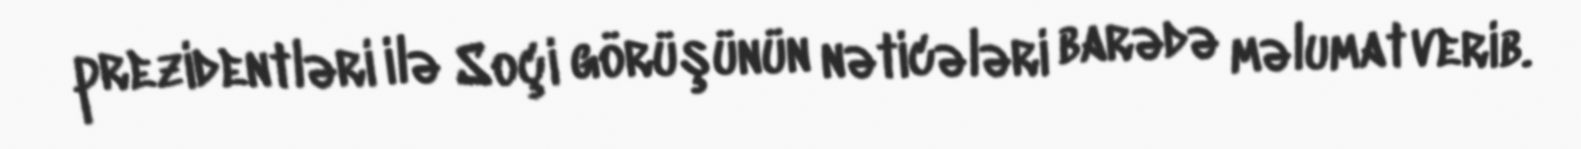
prezidentləri ilə Soçi görüşünün nəticələri barədə məlumat verib.